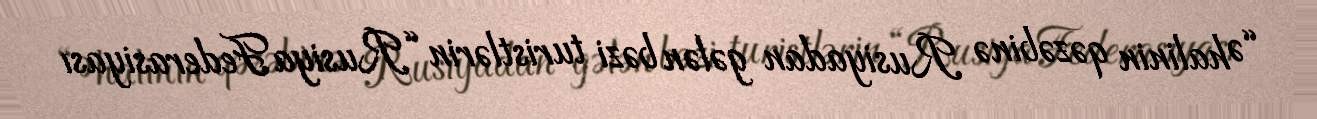
“Əhalinin qəzəbinə Rusiyadan gələn bəzi turistlərin “Rusiya Federasiyası